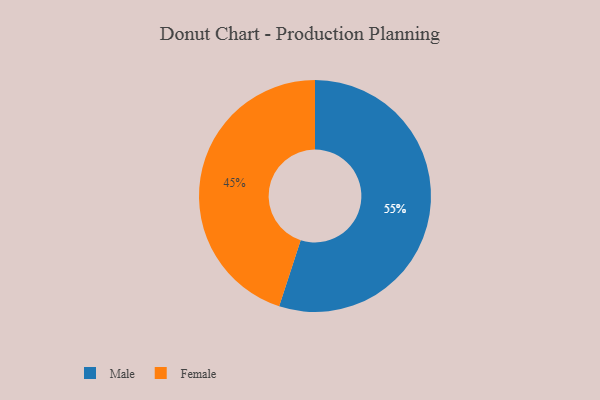
{"axis": {"x": "Category", "y": "Percentage"}, "legend": ["Female", "Male"], "data": [{"x": "Male", "y": 55, "type": "Male"}, {"x": "Female", "y": 45, "type": "Female"}]}